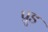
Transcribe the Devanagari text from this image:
प्रूड